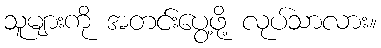
သူများကို အတင်းပွေ့ဖို့ လုပ်သာလား။